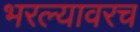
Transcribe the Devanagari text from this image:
भरल्यावरच